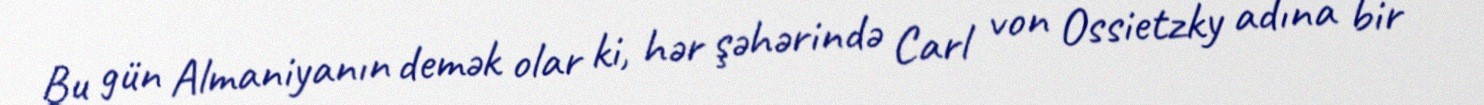
Bu gün Almaniyanın demək olar ki, hər şəhərində Carl von Ossietzky adına bir